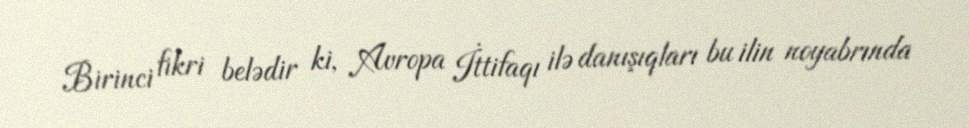
Birinci fikri belədir ki, Avropa İttifaqı ilə danışıqları bu ilin noyabrında